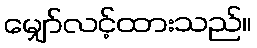
မျှော်လင့်ထားသည်။